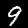
Label: 9